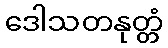
ဒေါသတနုတ္တံ